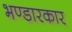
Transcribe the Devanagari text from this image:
भण्डारकार